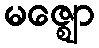
မဇ္ဈော